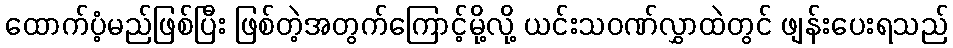
ထောက်ပံ့မည်ဖြစ်ပြီး ဖြစ်တဲ့အတွက်ကြောင့်မို့လို့ ယင်းသဝဏ်လွှာထဲတွင် ဖျန်းပေးရသည်